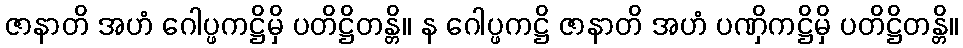
ဇာနာတိ အဟံ ဂေါပ္ဖကဋ္ဌိမှိ ပတိဋ္ဌိတန္တိ။ န ဂေါပ္ဖကဋ္ဌိ ဇာနာတိ အဟံ ပဏှိကဋ္ဌိမှိ ပတိဋ္ဌိတန္တိ။